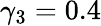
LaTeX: \gamma_{3}=0.4